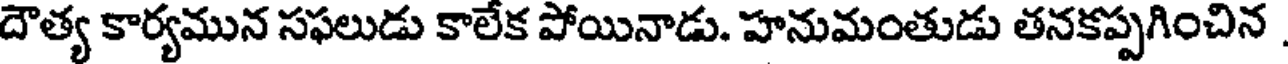
దౌత్య కార్యమున సఫలుడు కాలేక పోయినాడు. హనుమంతుడు తనకప్పగించిన